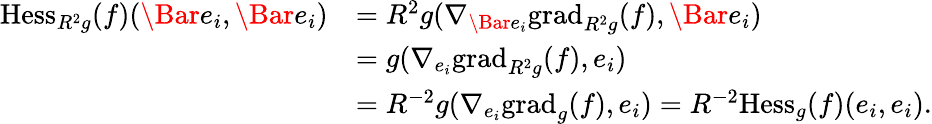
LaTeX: \begin{array}{rl}{\mathrm{Hess}_{R^{2}g}(f)(\Bar{e_{i}},\Bar{e_{i}})}&{=R^{2}g(\nabla_{\Bar{e_{i}}}\mathrm{grad}_{R^{2}g}(f),\Bar{e_{i}})}\\ &{=g(\nabla_{{e_{i}}}\mathrm{grad}_{R^{2}g}(f),e_{i})}\\ &{=R^{-2}g(\nabla_{{e_{i}}}\mathrm{grad}_{g}(f),e_{i})=R^{-2}\mathrm{Hess}_{g}(f)(e_{i},e_{i}).}\end{array}